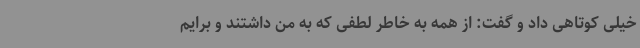
خیلی کوتاهی داد و گفت: از همه به خاطر لطفی که به من داشتند و برایم